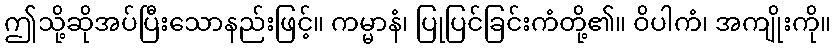
ဤသို့ဆိုအပ်ပြီးသောနည်းဖြင့်။ ကမ္မာနံ၊ ပြုပြင်ခြင်းကံတို့၏။ ဝိပါကံ၊ အကျိုးကို။